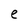
Character: e